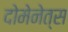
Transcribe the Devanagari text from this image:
दोमेनेत्स